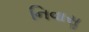
નિવાસૢ